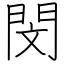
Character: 閔